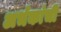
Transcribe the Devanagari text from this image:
अर्भकांची